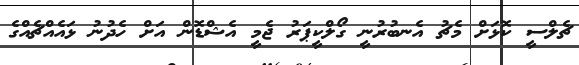
ޗެލްސީ ކޮޅަށް މެޗު އެނބުރުނީ ގޯލްކީޕަރު ޖެމީ އެޝްޑޮން އަށް ހެދުނު ޅައެއްޗެއްގެ